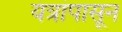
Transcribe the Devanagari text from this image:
यंत्रांपासून